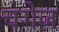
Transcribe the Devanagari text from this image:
चगेज़